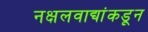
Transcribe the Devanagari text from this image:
नक्षलवाद्यांकडून